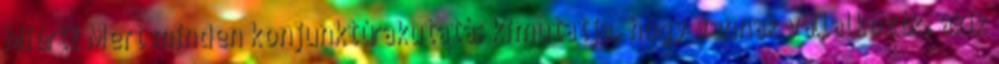
Miért? Mert minden konjunktúrakutatás kimutatja, hogy vannak vállalkozók, akik